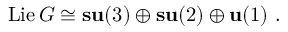
\mathrm { L i e \, } G \cong { \bf s u } ( 3 ) \oplus { \bf s u } ( 2 ) \oplus { \bf u } ( 1 ) \ .